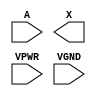
/**
 * Copyright 2020 The SkyWater PDK Authors
 *
 * Licensed under the Apache License, Version 2.0 (the "License");
 * you may not use this file except in compliance with the License.
 * You may obtain a copy of the License at
 *
 *     https://www.apache.org/licenses/LICENSE-2.0
 *
 * Unless required by applicable law or agreed to in writing, software
 * distributed under the License is distributed on an "AS IS" BASIS,
 * WITHOUT WARRANTIES OR CONDITIONS OF ANY KIND, either express or implied.
 * See the License for the specific language governing permissions and
 * limitations under the License.
 *
 * SPDX-License-Identifier: Apache-2.0
 */

`ifndef SKY130_FD_SC_HS__DLYMETAL6S4S_PP_SYMBOL_V
`define SKY130_FD_SC_HS__DLYMETAL6S4S_PP_SYMBOL_V

/**
 * dlymetal6s4s: 6-inverter delay with output from 4th inverter on
 *               horizontal route.
 *
 * Verilog stub (with power pins) for graphical symbol definition
 * generation.
 *
 * WARNING: This file is autogenerated, do not modify directly!
 */

`timescale 1ns / 1ps
`default_nettype none

(* blackbox *)
module sky130_fd_sc_hs__dlymetal6s4s (
    //# {{data|Data Signals}}
    input  A   ,
    output X   ,

    //# {{power|Power}}
    input  VPWR,
    input  VGND
);
endmodule

`default_nettype wire
`endif  // SKY130_FD_SC_HS__DLYMETAL6S4S_PP_SYMBOL_V